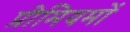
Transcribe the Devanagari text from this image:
प्रीमियमों